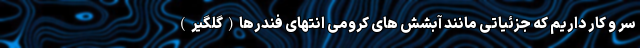
سر و کار داریم که جزئیاتی مانند آبشش های کرومی انتهای فندرها(گلگیر)